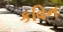
કવિન